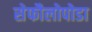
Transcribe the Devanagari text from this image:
सेफौलोपोडा